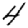
Digit: 4